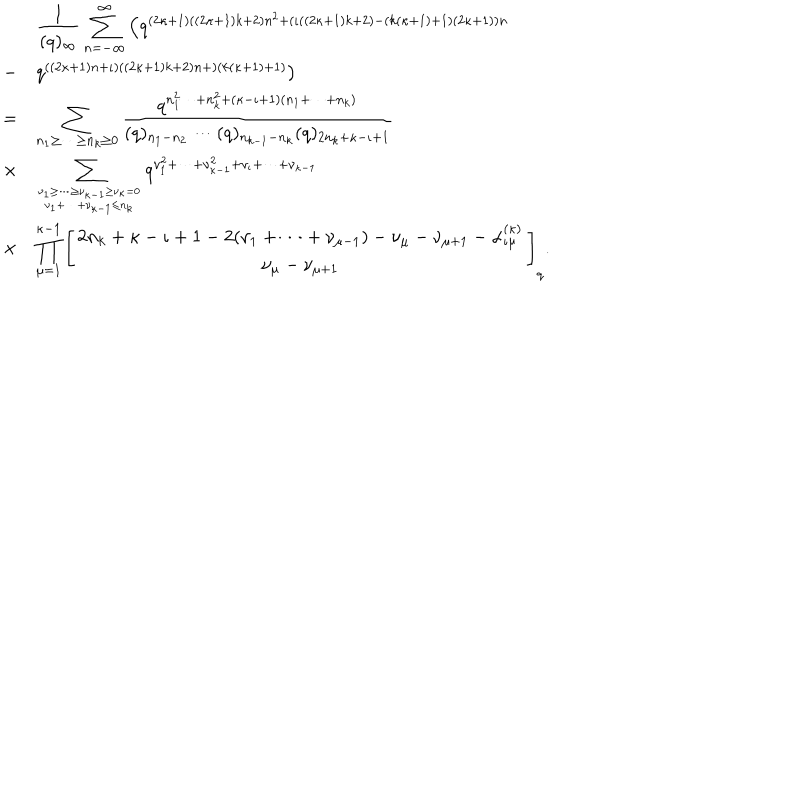
LaTeX: \begin{array} { c l } { { } } & { { \displaystyle \frac { 1 } { ( q ) _ { \infty } } \sum _ { n = - \infty } ^ { \infty } \left( q ^ { ( 2 \kappa + 1 ) ( ( 2 \kappa + 1 ) k + 2 ) n ^ { 2 } + ( \iota ( ( 2 \kappa + 1 ) k + 2 ) - ( k ( \kappa + 1 ) + 1 ) ( 2 \kappa + 1 ) ) n } \right. } } \\ { { - } } & { { \left. q ^ { ( ( 2 \kappa + 1 ) n + \iota ) ( ( 2 \kappa + 1 ) k + 2 ) n + ) ( k ( \kappa + 1 ) + 1 ) } \right) } } \\ { { = } } & { { \displaystyle \sum _ { n _ { 1 } \geq \cdots \geq n _ { k } \geq 0 } \frac { q ^ { n _ { 1 } ^ { 2 } \cdots + n _ { k } ^ { 2 } + ( \kappa - \iota + 1 ) ( n _ { 1 } + \cdots + n _ { k } ) } } { ( q ) _ { n _ { 1 } - n _ { 2 } } \cdots ( q ) _ { n _ { k - 1 } - n _ { k } } ( q ) _ { 2 n _ { k } + \kappa - \iota + 1 } } } } \\ { { \times } } & { { \displaystyle \sum _ { \nu _ { 1 } \geq \cdots \geq \nu _ { \kappa - 1 } \geq \nu _ { \kappa } = 0 \atop \nu _ { 1 } + \cdots + \nu _ { \kappa - 1 } \leq n _ { k } } q ^ { \nu _ { 1 } ^ { 2 } + \cdots + \nu _ { \kappa - 1 } ^ { 2 } + \nu _ { \iota } + \cdots + \nu _ { \kappa - 1 } } } } \\ { { \times } } & { { \displaystyle \prod _ { \mu = 1 } ^ { \kappa - 1 } \left[ \begin{array} { c } { { 2 n _ { k } + \kappa - \iota + 1 - 2 ( \nu _ { 1 } + \cdots + \nu _ { \mu - 1 } ) - \nu _ { \mu } - \nu _ { \mu + 1 } - \alpha _ { \iota \mu } ^ { ( \kappa ) } } } \\ { { \nu _ { \mu } - \nu _ { \mu + 1 } } } \\ \end{array} \right] _ { q } . } } \\ \end{array}